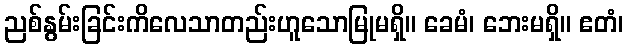
ညစ်နွမ်းခြင်းကိလေသာတည်းဟူသောမြုမရှိ။ ခေမံ၊ ဘေးမရှိ။ ဧတံ၊